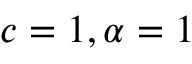
c = 1 , \alpha = 1